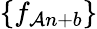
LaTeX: \{ f_{\mathcal{A}n+b}\}